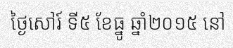
ថ្ងៃសៅរ៍ ទី៥ ខែធ្នូ ឆ្នាំ២០១៥ នៅ